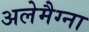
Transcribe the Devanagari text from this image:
अलेमैग्ना